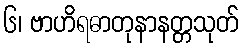
၆၊ ဗာဟိရဓာတုနာနတ္တသုတ်